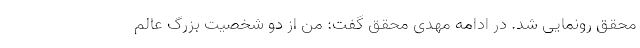
محقق رونمایی شد. در ادامه مهدی محقق گفت: من از دو شخصیت بزرگ عالم